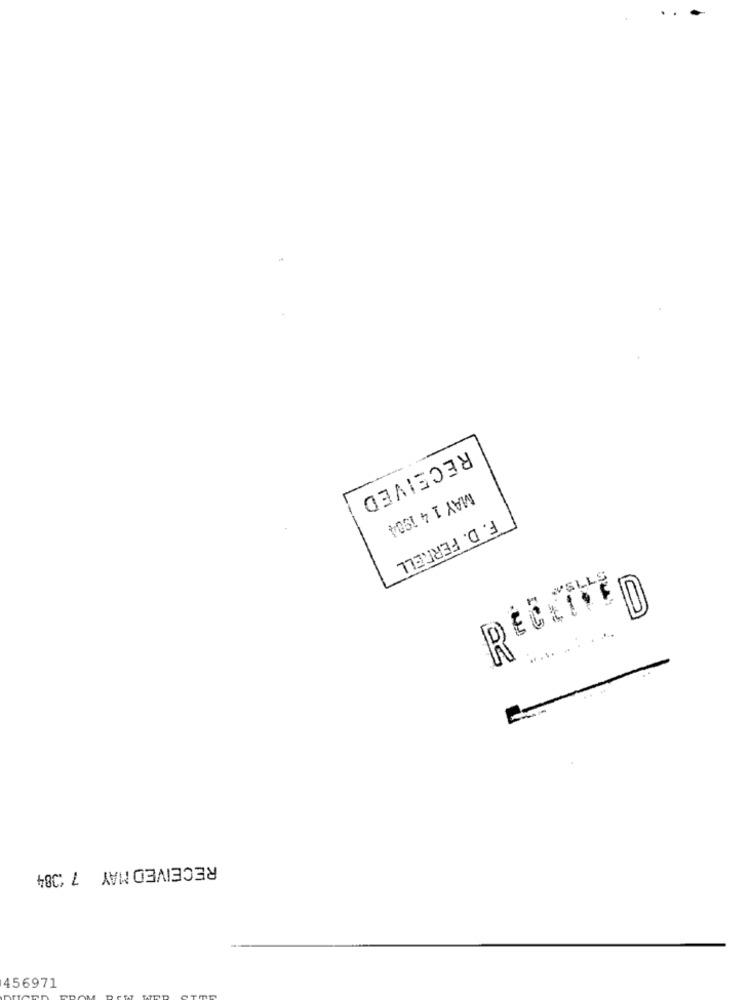
RECEIVED
MAY 1 4 1904
F. D. FERRELL
1-5
62
RECEIVED MAY 7 :384
456971